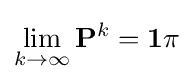
\lim _{k\to \infty }\mathbf {P} ^{k}=\mathbf {1} \pi